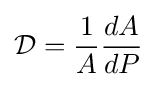
{\mathcal {D}}={\frac {1}{A}}{\frac {dA}{dP}}